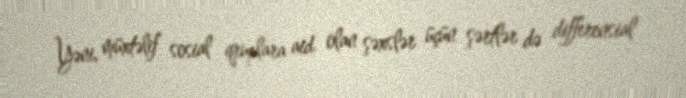
Yəni, müxtəlif sosial qruplara aid olan şəxslər üçün şərtlər də differensial